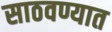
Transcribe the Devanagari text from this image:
साठवण्यात